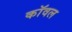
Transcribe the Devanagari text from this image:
कॉवल